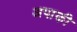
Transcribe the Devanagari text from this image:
अपाकी